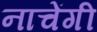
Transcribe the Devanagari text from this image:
नाचेंगी